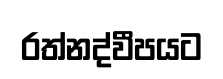
රත්නද්වීපයට